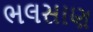
ભલસાણ